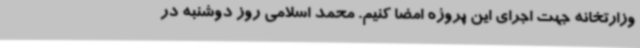
وزارتخانه جهت اجرای این پروژه امضا کنیم. محمد اسلامی روز دوشنبه در